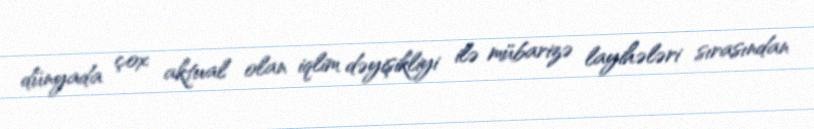
dünyada çox aktual olan iqlim dəyişikliyi ilə mübarizə layihələri sırasından